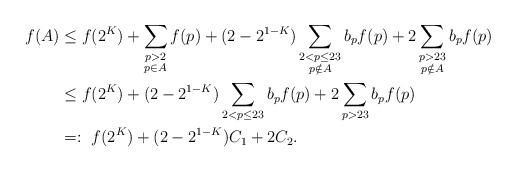
LaTeX: \begin{align*}f(A)& \le f(2^K) + \sum_{\substack{p>2\\p\in A}} f(p) + (2-2^{1-K})\sum_{\substack{2<p\le 23\\p\notin A}} b_pf(p) + 2\sum_{\substack{p> 23\\p\notin A}}b_p f(p) \\& \le f(2^K) + (2-2^{1-K})\sum_{2<p\le 23} b_pf(p) + 2\sum_{p> 23}b_p f(p)\\& =: \ f(2^K) + (2-2^{1-K})C_1 + 2C_2.\end{align*}